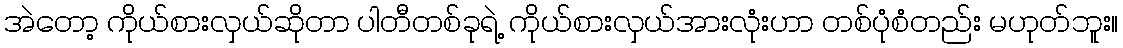
အဲတော့ ကိုယ်စားလှယ်ဆိုတာ ပါတီတစ်ခုရဲ့ ကိုယ်စားလှယ်အားလုံးဟာ တစ်ပုံစံတည်း မဟုတ်ဘူး။